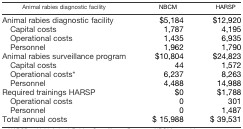
| Animal rabies diagnostic facility | NBCM | HARSP |
 | --- | --- | --- |
 | Animal rabies diagnostic facility | $5,184 | $12,920 |
 | Capital costs | 1,787 | 4,195 |
 | Operational costs | 1,435 | 6,935 |
 | Personnel | 1,962 | 1,790 |
 | Animal rabies surveillance program | $10,804 | $24,823 |
 | Capital costs | 44 | 1,572 |
 | Operational costs* | 6,237 | 8,263 |
 | Personnel | 4,488 | 14,988 |
 | Required trainings HARSP | $0 | $1,788 |
 | Operational costs | 0 | 301 |
 | Personnel | 0 | 1,487 |
 | Total annual costs | $15,988 | $39,531 |